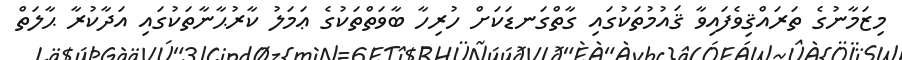
މިޒަމާނުގެ ތަރައްޤިވެފައިވާ ޤައުމުތަކުގައި ގާތްގަނޑަކަށް ހުރިހާ ބާވަތްތަކުގެ ޢަމަލު ކާރުޙާނާތަކުގައި އަދާކުރާ ޙާލަތް